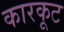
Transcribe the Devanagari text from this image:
कारकूट